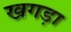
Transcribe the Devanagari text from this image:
खगड़ा